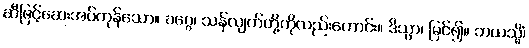
ဆီဖြင့်ဆေးအပ်ကုန်သော။ ခဂ္ဂေ၊ သန်လျက်တို့ကိုလည်းကောင်း။ ဒိသွာ၊ မြင်၍။ ဘယသ္မိံ၊